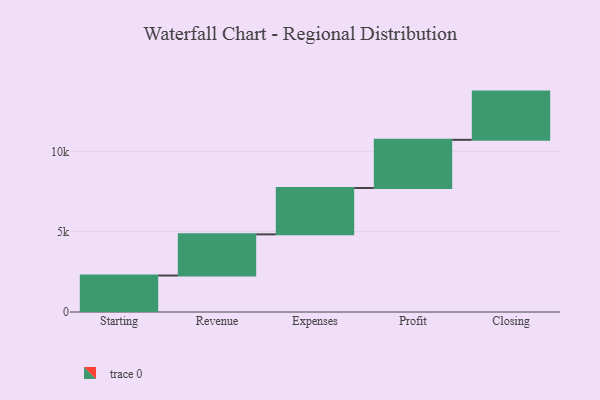
{"axis": {"x": "Step", "y": "Value"}, "legend": [""], "data": [{"x": "Starting", "y": 2271.0, "type": ""}, {"x": "Revenue", "y": 2560.0, "type": ""}, {"x": "Expenses", "y": 2884.0, "type": ""}, {"x": "Profit", "y": 3000, "type": ""}, {"x": "Closing", "y": 3000, "type": ""}]}